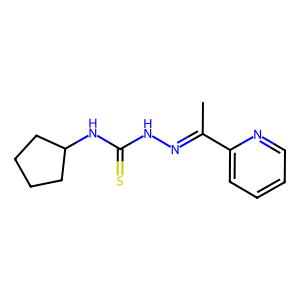
SMILES: CC(=NNC(=S)NC1CCCC1)c1ccccn1
Inhibits HIV replication: No